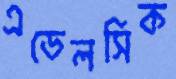
এডেলসিক